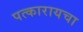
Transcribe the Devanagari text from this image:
पत्कारायचा